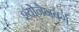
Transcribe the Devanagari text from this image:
श्योनेनबर्ग